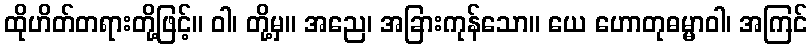
ထိုဟိတ်တရားတို့ဖြင့်။ ဝါ၊ တို့မှ။ အညေ၊ အခြားကုန်သော။ ယေ ဟောတုဓမ္မာဝါ၊ အကြင်